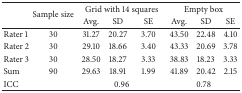
<table><thead><tr><td><b> </b></td><td rowspan="2"><b>Sample size</b></td><td colspan="3"><b>Grid with 14 squares</b></td><td colspan="3"><b>Empty box</b></td></tr><tr><td><b> </b></td><td><b>Avg.</b></td><td><b>SD</b></td><td><b>SE</b></td><td><b>Avg.</b></td><td><b>SD</b></td><td><b>SE</b></td></tr></thead><tbody><tr><td>Rater 1</td><td>30</td><td>31.27</td><td>20.27</td><td>3.70</td><td>43.50</td><td>22.48</td><td>4.10</td></tr><tr><td>Rater 2</td><td>30</td><td>29.10</td><td>18.66</td><td>3.40</td><td>43.33</td><td>20.69</td><td>3.78</td></tr><tr><td>Rater 3</td><td>30</td><td>28.50</td><td>18.27</td><td>3.33</td><td>38.83</td><td>18.23</td><td>3.33</td></tr><tr><td>Sum</td><td>90</td><td>29.63</td><td>18.91</td><td>1.99</td><td>41.89</td><td>20.42</td><td>2.15</td></tr><tr><td>ICC</td><td> </td><td colspan="3">0.96</td><td colspan="3">0.78</td></tr></tbody></table>